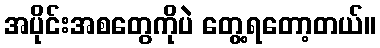
အပိုင်းအစတွေကိုပဲ တွေ့ရတော့တယ်။